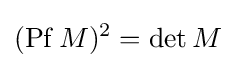
(\mathrm {Pf} \,M)^{2}=\det M